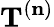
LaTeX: \mathbf{T}^{(\mathbf{n})}